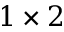
1 \times 2